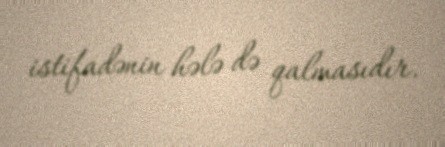
istifadənin hələ də qalmasıdır.